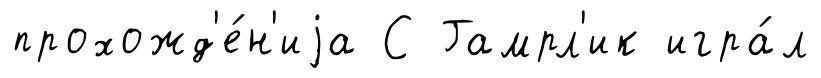
прохожд'е́н'иjа С Гамрл'ик игра́л